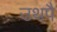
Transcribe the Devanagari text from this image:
उथपै